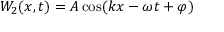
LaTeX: W _ { 2 } ( x , t ) = A \cos ( k x - \omega t + \varphi )